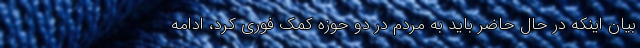
بیان اینکه در حال حاضر باید به مردم در دو حوزه کمک فوری کرد، ادامه